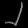
Digit: ၂